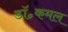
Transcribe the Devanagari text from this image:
डॉ॰कमल